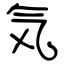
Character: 気